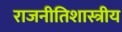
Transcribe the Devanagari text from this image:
राजनीतिशास्त्रीय